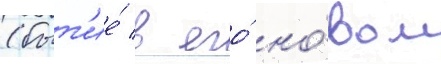
(быт'ие́ в его́ но́вом